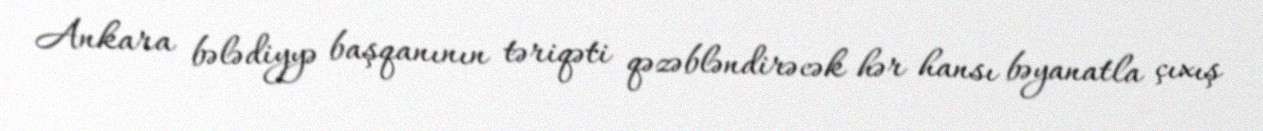
Ankara bələdiyyə başqanının təriqəti qəzəbləndirəcək hər hansı bəyanatla çıxış